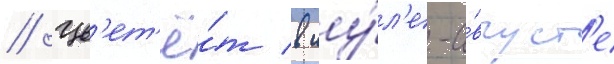
// Цв'ет'ё́т в иу́л'е-а́вгуст'е